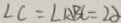
\angle C = \angle A B C = 2 \alpha